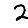
Digit: 2